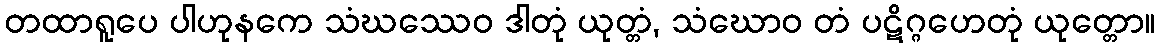
တထာရူပေ ပါဟုနကေ သံဃဿေဝ ဒါတုံ ယုတ္တံ, သံဃောဝ တံ ပဋိဂ္ဂဟေတုံ ယုတ္တော။